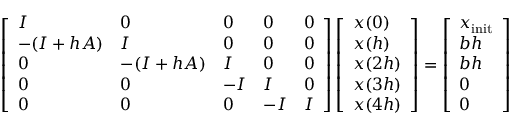
\left[ \begin{array} { l l l l l } { I } & { 0 } & { 0 } & { 0 } & { 0 } \\ { - ( I + h A ) } & { I } & { 0 } & { 0 } & { 0 } \\ { 0 } & { - ( I + h A ) } & { I } & { 0 } & { 0 } \\ { 0 } & { 0 } & { - I } & { I } & { 0 } \\ { 0 } & { 0 } & { 0 } & { - I } & { I } \end{array} \right] \left[ \begin{array} { l } { x ( 0 ) } \\ { x ( h ) } \\ { x ( 2 h ) } \\ { x ( 3 h ) } \\ { x ( 4 h ) } \end{array} \right] = \left[ \begin{array} { l } { x _ { \mathrm { i n i t } } } \\ { b h } \\ { b h } \\ { 0 } \\ { 0 } \end{array} \right]